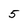
Character: 5